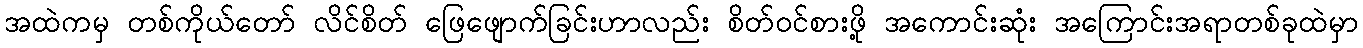
အထဲကမှ တစ်ကိုယ်တော် လိင်စိတ် ဖြေဖျောက်ခြင်းဟာလည်း စိတ်ဝင်စားဖို့ အကောင်းဆုံး အကြောင်းအရာတစ်ခုထဲမှာ